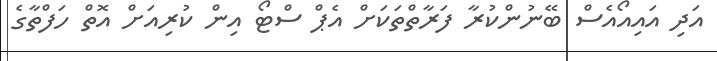
އަދި އައިއޯއެސް ބޭނުންކުރާ ފަރާތްތަކަށް އެޕް ސްޓޯ އިން ކުރިއަށް އޮތް ހަފްތާގެ